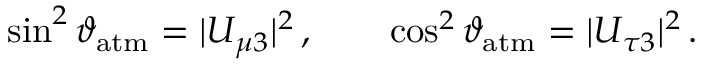
\sin ^ { 2 } \vartheta _ { \mathrm { a t m } } = | U _ { \mu 3 } | ^ { 2 } \, , \qquad \cos ^ { 2 } \vartheta _ { \mathrm { a t m } } = | U _ { \tau 3 } | ^ { 2 } \, .